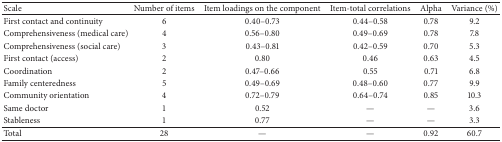
<table><thead><tr><td><b>Scale</b></td><td><b>Number of items</b></td><td><b>Item loadings on the component</b></td><td><b>Item-total correlations</b></td><td><b>Alpha</b></td><td><b>Variance (%)</b></td></tr></thead><tbody><tr><td>First contact and continuity</td><td>6</td><td>0.40–0.73</td><td>0.44–0.58</td><td>0.78</td><td>9.2</td></tr><tr><td>Comprehensiveness (medical care)</td><td>4</td><td>0.56–0.80</td><td>0.49–0.69</td><td>0.78</td><td>7.8</td></tr><tr><td>Comprehensiveness (social care)</td><td>3</td><td>0.43–0.81</td><td>0.42–0.59</td><td>0.70</td><td>5.3</td></tr><tr><td>First contact (access)</td><td>2</td><td>0.80</td><td>0.46</td><td>0.63</td><td>4.5</td></tr><tr><td>Coordination</td><td>2</td><td>0.47–0.66</td><td>0.55</td><td>0.71</td><td>6.8</td></tr><tr><td>Family centeredness</td><td>5</td><td>0.49–0.69</td><td>0.48–0.60</td><td>0.77</td><td>9.9</td></tr><tr><td>Community orientation</td><td>4</td><td>0.72–0.79</td><td>0.64–0.74</td><td>0.85</td><td>10.3</td></tr><tr><td>Same doctor</td><td>1</td><td>0.52</td><td>—</td><td>—</td><td>3.6</td></tr><tr><td>Stableness</td><td>1</td><td>0.77</td><td>—</td><td>—</td><td>3.3</td></tr><tr><td>Total</td><td>28</td><td>—</td><td>—</td><td>0.92</td><td>60.7</td></tr></tbody></table>